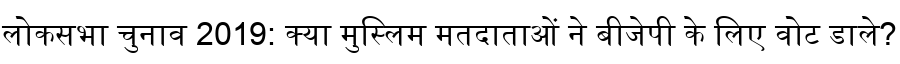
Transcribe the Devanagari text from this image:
लोकसभा चुनाव 2019: क्या मुस्लिम मतदाताओं ने बीजेपी के लिए वोट डाले?